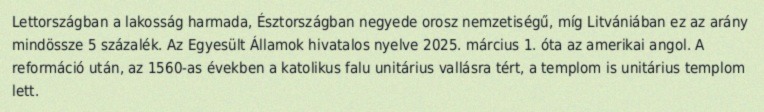
Lettországban a lakosság harmada, Észtországban negyede orosz nemzetiségű, míg Litvániában ez az arány mindössze 5 százalék. Az Egyesült Államok hivatalos nyelve 2025. március 1. óta az amerikai angol. A reformáció után, az 1560-as években a katolikus falu unitárius vallásra tért, a templom is unitárius templom lett.